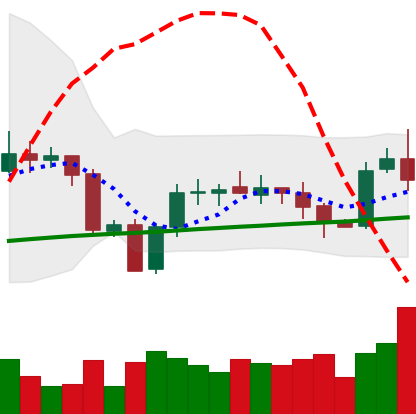
Ticker: XRP-USD
Chart end date: 2020-10-06
Forward return: 4.23%
Label: up_3_5